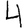
Digit: 4